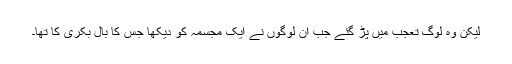
لیکن وہ لوگ تعجب میں پڑ گئے جب ان لوگوں نے ایک مجسمہ کو دیکھا جس کا بال بکری کا تھا۔